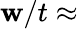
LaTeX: \mathbf{w}/t\approx